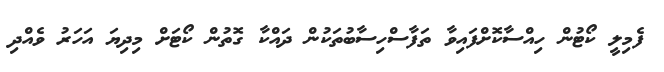
ފެމިލީ ކޯޓުން ހިއްސާކޮށްފައިވާ ތަފާސްހިސާބުތަކުން ދައްކާ ގޮތުން ކޯޓަށް މިދިޔަ އަހަރު ވެއްދި